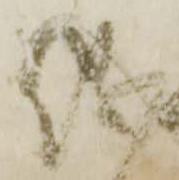
儀